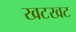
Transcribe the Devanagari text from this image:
खटखट